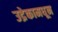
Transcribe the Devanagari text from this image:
उद्रेकामधून